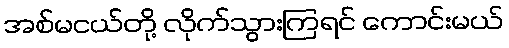
အစ်မငယ်တို့ လိုက်သွားကြရင် ကောင်းမယ်